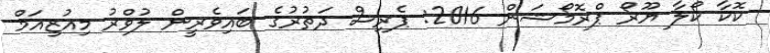
ކޮކާ ކޯލާ ޔޫރޯ ޕްރޮމޯޝަން 2016: ޕެރިސް ދަތުރުގެ ބައިވެރީން ލުވްރު މިއުޒިއަމް